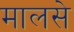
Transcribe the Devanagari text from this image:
मालसे